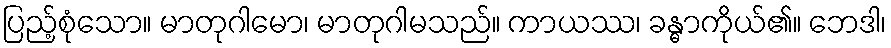
ပြည့်စုံသော။ မာတုဂါမော၊ မာတုဂါမသည်။ ကာယဿ၊ ခန္ဓာကိုယ်၏။ ဘေဒါ၊